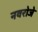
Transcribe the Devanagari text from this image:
नवरोजे